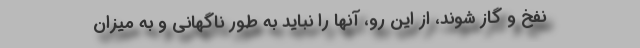
نفخ و گاز شوند، از این رو، آنها را نباید به طور ناگهانی و به میزان